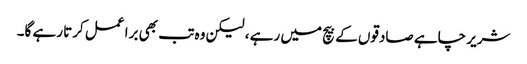
شریر چاہے صادقوں کے بیچ میں رہے ، لیکن وہ تب بھی برا عمل کرتا رہے گا۔